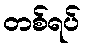
တစ်ရပ်